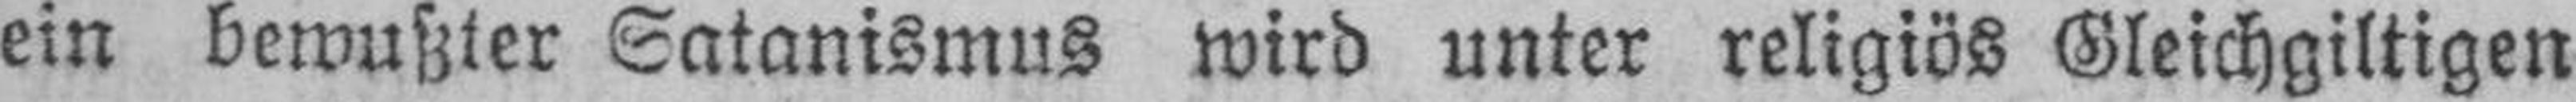
ein bewußter Satanismus wird unter religiös Gleichgiltigen